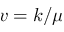
v = k / \mu